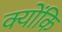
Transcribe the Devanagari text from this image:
क्योंकि